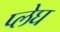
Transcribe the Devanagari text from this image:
प्लेघ